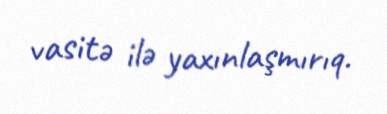
vasitə ilə yaxınlaşmırıq.